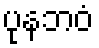
ပုနဘဝံ